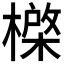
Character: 𰘮